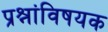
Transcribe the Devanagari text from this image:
प्रश्नांविषयक